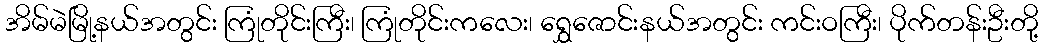
အိမ်မဲမြို့နယ်အတွင်း ကြုံတိုင်းကြီး၊ ကြုံတိုင်းကလေး၊ ရွှေဇောင်းနယ်အတွင်း ကင်းဝကြီး၊ ပိုက်တန်းဦးတို့